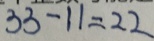
3 3 - 1 1 = 2 2